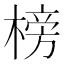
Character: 榜